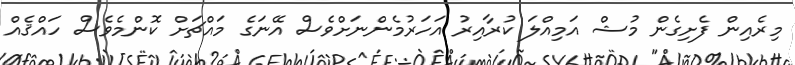
މިރެއިން ފެށިގެން މުޝް އަމިއްލަ ކުރާއިރު އަހަރުމެންނަށްވެސް އޭނަގެ މައްޗަށް ކޮންމެވެސް ހައްޤެއް